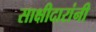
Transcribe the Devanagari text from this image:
साक्षीदारांनी